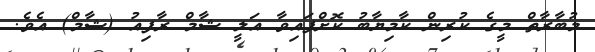
މުބާރާތް މީގެ ކުރިން ކާމިޔާބު ކޮށްފައިވާ އަލީ ޝާމް ރާފިއު (ޝާމް) އެވެ.